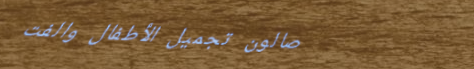
صالون تجميل الأطفال والفت